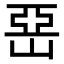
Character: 𡹅